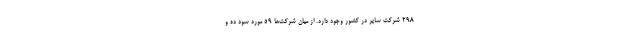
۲۹۸ شرکت سایر در کشور وجود دارد. از میان شرکت‌ها ۵۹ مورد سود ده و